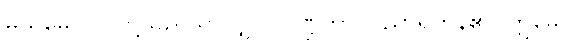
မယမေဝ၊ ငါတို့သည်သာလျှင်။ ပဏ္ဍိတာ၊ ပညာရှိကုန်၏။ ဣမေ၊